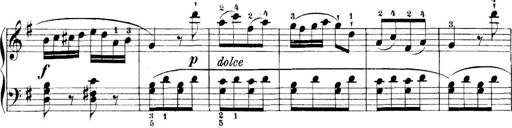
Title: 11 Sonatinas
Composer: Anton Diabelli